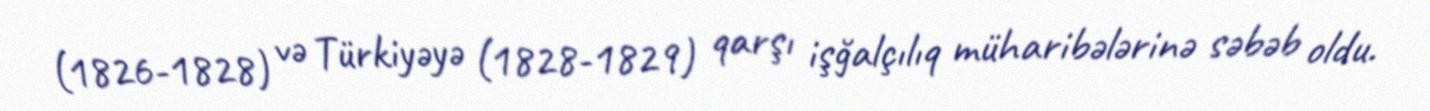
(1826-1828) və Türkiyəyə (1828-1829) qarşı işğalçılıq müharibələrinə səbəb oldu.